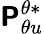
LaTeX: \boldsymbol{\mathsf{P}}_{\theta u}^{\theta*}